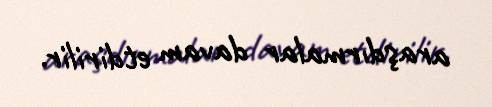
araşdırmalar davam etdirilir.